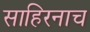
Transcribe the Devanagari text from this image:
साहिरनाच